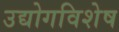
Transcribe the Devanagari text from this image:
उद्योगविशेष